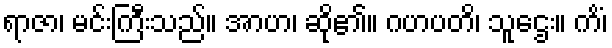
ရာဇာ၊ မင်းကြီးသည်။ အာဟ၊ ဆို၏။ ဂဟပတိ၊ သူဌေး။ ကိံ၊